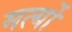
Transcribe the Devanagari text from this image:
मर्त्यो